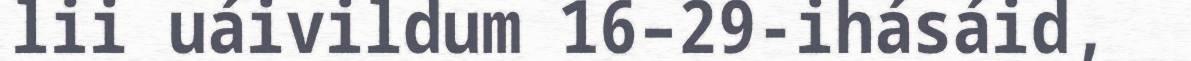
lii uáivildum 16–29-ihásáid,